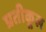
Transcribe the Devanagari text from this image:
प्रतीकूल